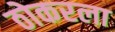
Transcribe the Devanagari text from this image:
ठोकरला